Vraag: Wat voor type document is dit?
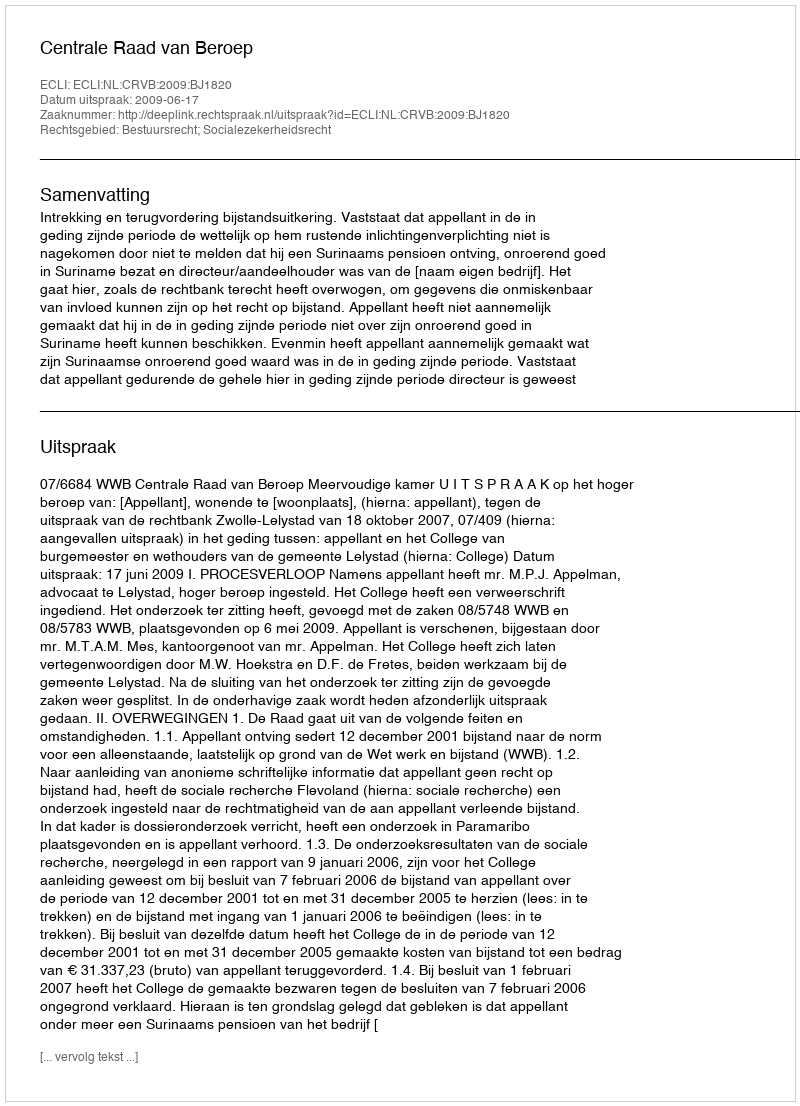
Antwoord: Uitspraak